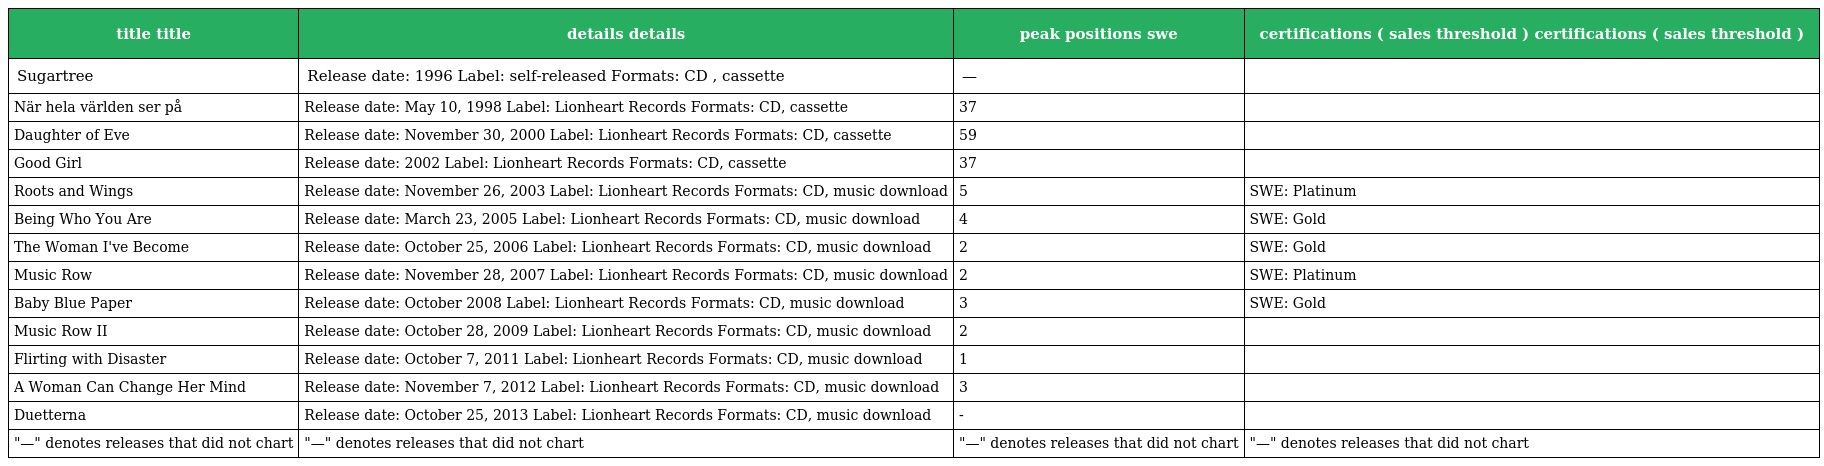
| title title | details details | peak positions swe | certifications ( sales threshold ) certifications ( sales threshold ) |
 | --- | --- | --- | --- |
 | Sugartree | Release date: 1996 Label: self-released Formats: CD , cassette | — |  |
 | När hela världen ser på | Release date: May 10, 1998 Label: Lionheart Records Formats: CD, cassette | 37 |  |
 | Daughter of Eve | Release date: November 30, 2000 Label: Lionheart Records Formats: CD, cassette | 59 |  |
 | Good Girl | Release date: 2002 Label: Lionheart Records Formats: CD, cassette | 37 |  |
 | Roots and Wings | Release date: November 26, 2003 Label: Lionheart Records Formats: CD, music download | 5 | SWE: Platinum |
 | Being Who You Are | Release date: March 23, 2005 Label: Lionheart Records Formats: CD, music download | 4 | SWE: Gold |
 | The Woman I've Become | Release date: October 25, 2006 Label: Lionheart Records Formats: CD, music download | 2 | SWE: Gold |
 | Music Row | Release date: November 28, 2007 Label: Lionheart Records Formats: CD, music download | 2 | SWE: Platinum |
 | Baby Blue Paper | Release date: October 2008 Label: Lionheart Records Formats: CD, music download | 3 | SWE: Gold |
 | Music Row II | Release date: October 28, 2009 Label: Lionheart Records Formats: CD, music download | 2 |  |
 | Flirting with Disaster | Release date: October 7, 2011 Label: Lionheart Records Formats: CD, music download | 1 |  |
 | A Woman Can Change Her Mind | Release date: November 7, 2012 Label: Lionheart Records Formats: CD, music download | 3 |  |
 | Duetterna | Release date: October 25, 2013 Label: Lionheart Records Formats: CD, music download | - |  |
 | "—" denotes releases that did not chart | "—" denotes releases that did not chart | "—" denotes releases that did not chart | "—" denotes releases that did not chart |